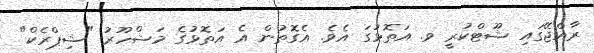
ރާއްޖޭގައި ޝޫޓްކުރީ ވ. އަތޮޅުގަ އެވެ. އެގޮތުން އެ އަތޮޅުގެ މަޝްހޫރު "ޝިޕްރެކް"